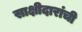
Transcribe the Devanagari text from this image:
साक्षीदारांची